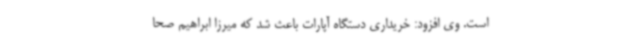
است. وی افزود: خریداری دستگاه آپارات باعث شد که میرزا ابراهیم صحا